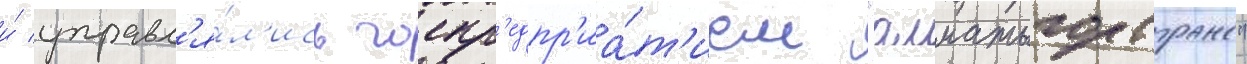
и́ управл'я́л'ись госпр'едпр'иа́т'ием "алматыгортранс"